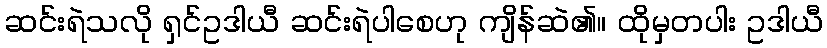
ဆင်းရဲသလို ရှင်ဥဒါယီ ဆင်းရဲပါစေဟု ကျိန်ဆဲ၏။ ထိုမှတပါး ဥဒါယီ